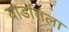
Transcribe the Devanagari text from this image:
यार्डातला